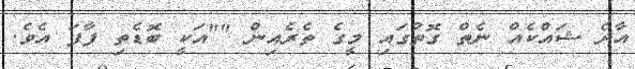
އާދެ ޝައްކެއް ނެތް ގޮތުގައި މީގެ ތެރެއިން ""އަކީ ބޮޑެތި ފާފަ އެވެ.